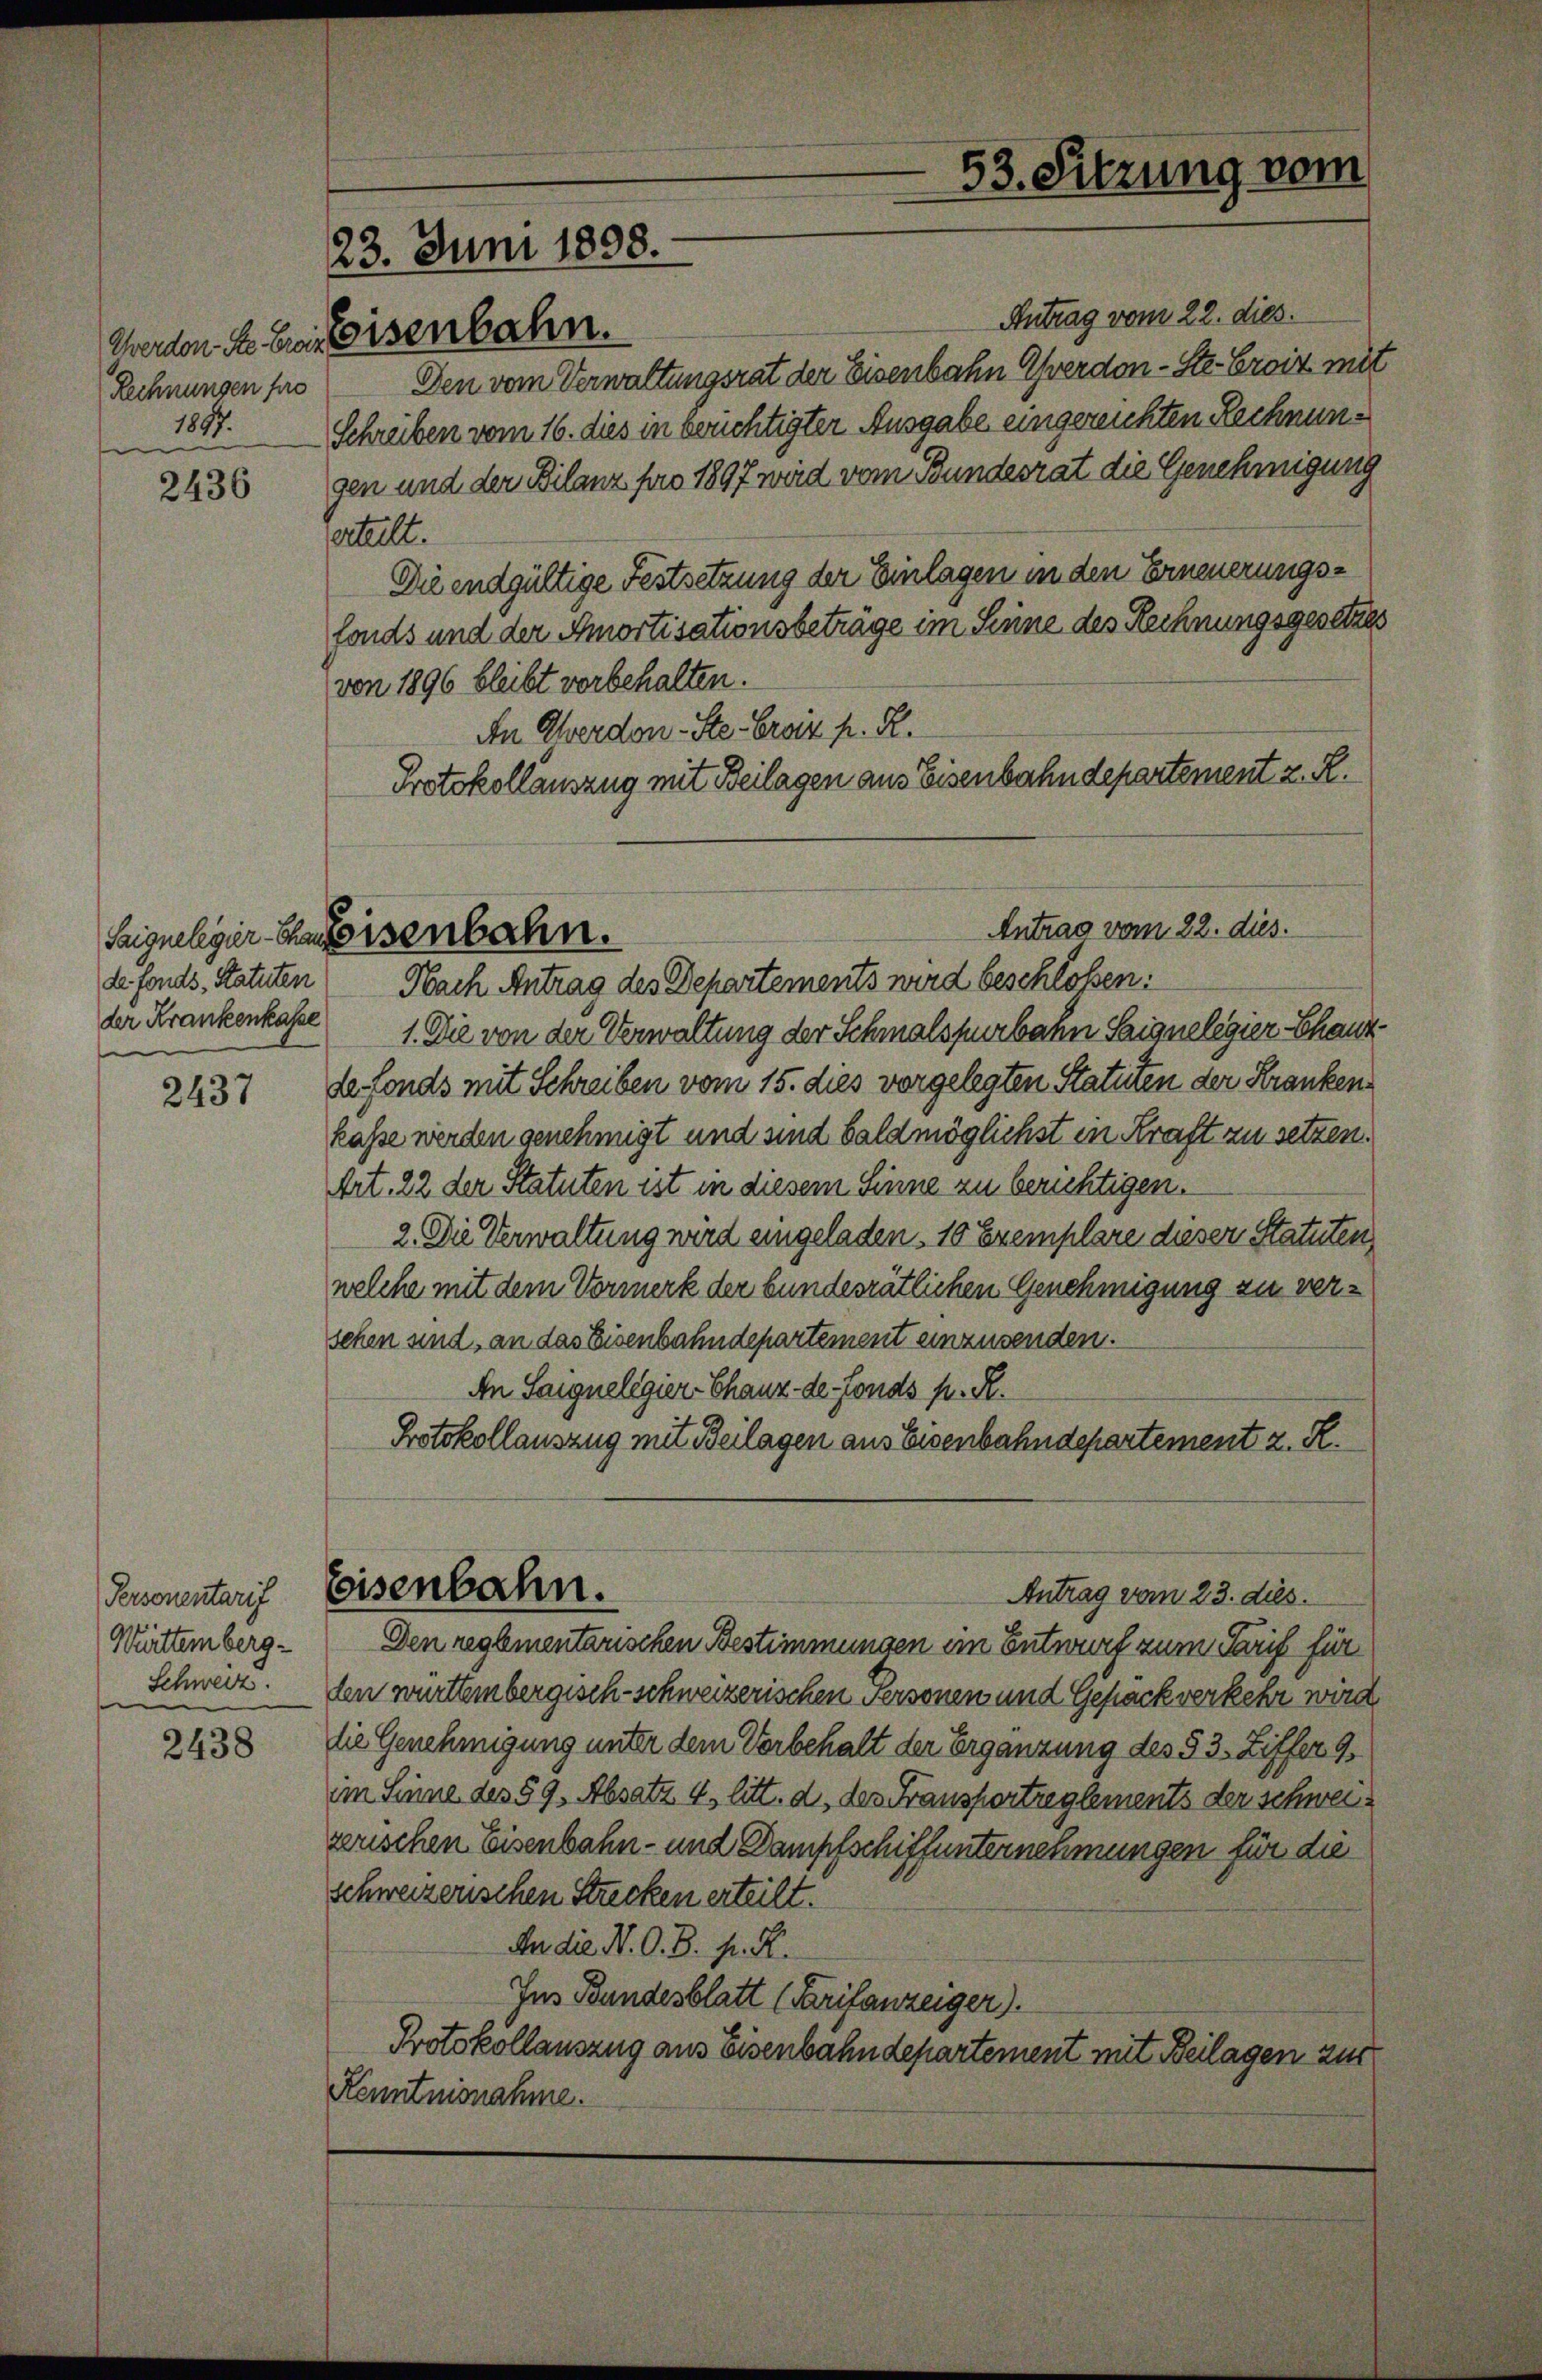
e

2436

2437

Personentarif
Württemberg-
Schweiz.
e

2438

Antrag vom 22. dies
Rechnungen pro Den vom Verwaltungsrat der Eisenbahn verdon-Ste-Eroiz mit
1857. Schreiben vom 16. dies in berichtigter Ausgabe eingereichten Rechnungen und der Bilanz pro 1897 wird vom Bundesrat die Genehmigung
erteilt.
Die endgültige Festsetzung der Einlagen in den Erneuerungsfonds und der Amortisationsbeträge im Sinne des Rechnungsgesetzes
von 1896 bleibt vorbehalten.
An Oberdon-Ste.- Eroiz h. R.
Protokollauszug mit Beilagen aus Eisenbahndepartement z. R.

23. Juni 1808.
Cherden des bei eisenbahn.

Saigneleger-Cafeisenbahn.

53. Sitzung vom

Antrag vom 22. dies.

de fonds, Statuten Nach Antrag des Departements wird beschloßen:
der Krankenkasse 1. Die von der Verwaltung der Schmalspurbahn Saignelegier-Chaut
de fonds mit Schreiben vom 15. dies vorgelegten Statuten der Kranken
kasse werden genehmigt und sind bald möglichst in Kraft zu setzen.
Art. 22 der Statuten ist in diesem Sinne zu berichtigen.
2. Die Verwaltung wird eingeladen, 10 Exemplare dieser Statuten
welche mit dem Vormerk der bundesrätlichen Genehmigung zu versehen und, an das Eisenbahndepartement einzusenden.
An Saigneligier-Chaux-de-Fonds p. R.
Protokollauszug mit Beilagen aus Eisenbahndepartement z. R.

Eisenbahn.
Antrag vom 23. dies.

Den reglementarischen Bestimmungen ein Entwurf zum Tarif für
len württembergisch-schweizerischen Personen und Gepäck verkehr wird
die Genehmigung unter dem Vorbehalt der Ergänzung des § 3. Ziffer 9.
im Sinne des 59, Absatz 4 litt. d, des Fransportreglements der schweizerischen Eisenbahn- und Dampfschiffunternehmungen für die
schweizerischen Strecken erteilt.
Audie N. O. B. pr. K.
Ins Bundesblatt (Tarifanzeiger).
Protokollauszug aus Eisenbahndepartement mit Beilagen zur
Kenntnisnahme.